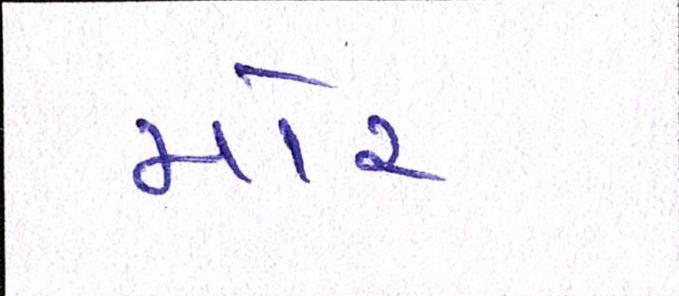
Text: મોર